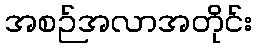
အစဉ်အလာအတိုင်း